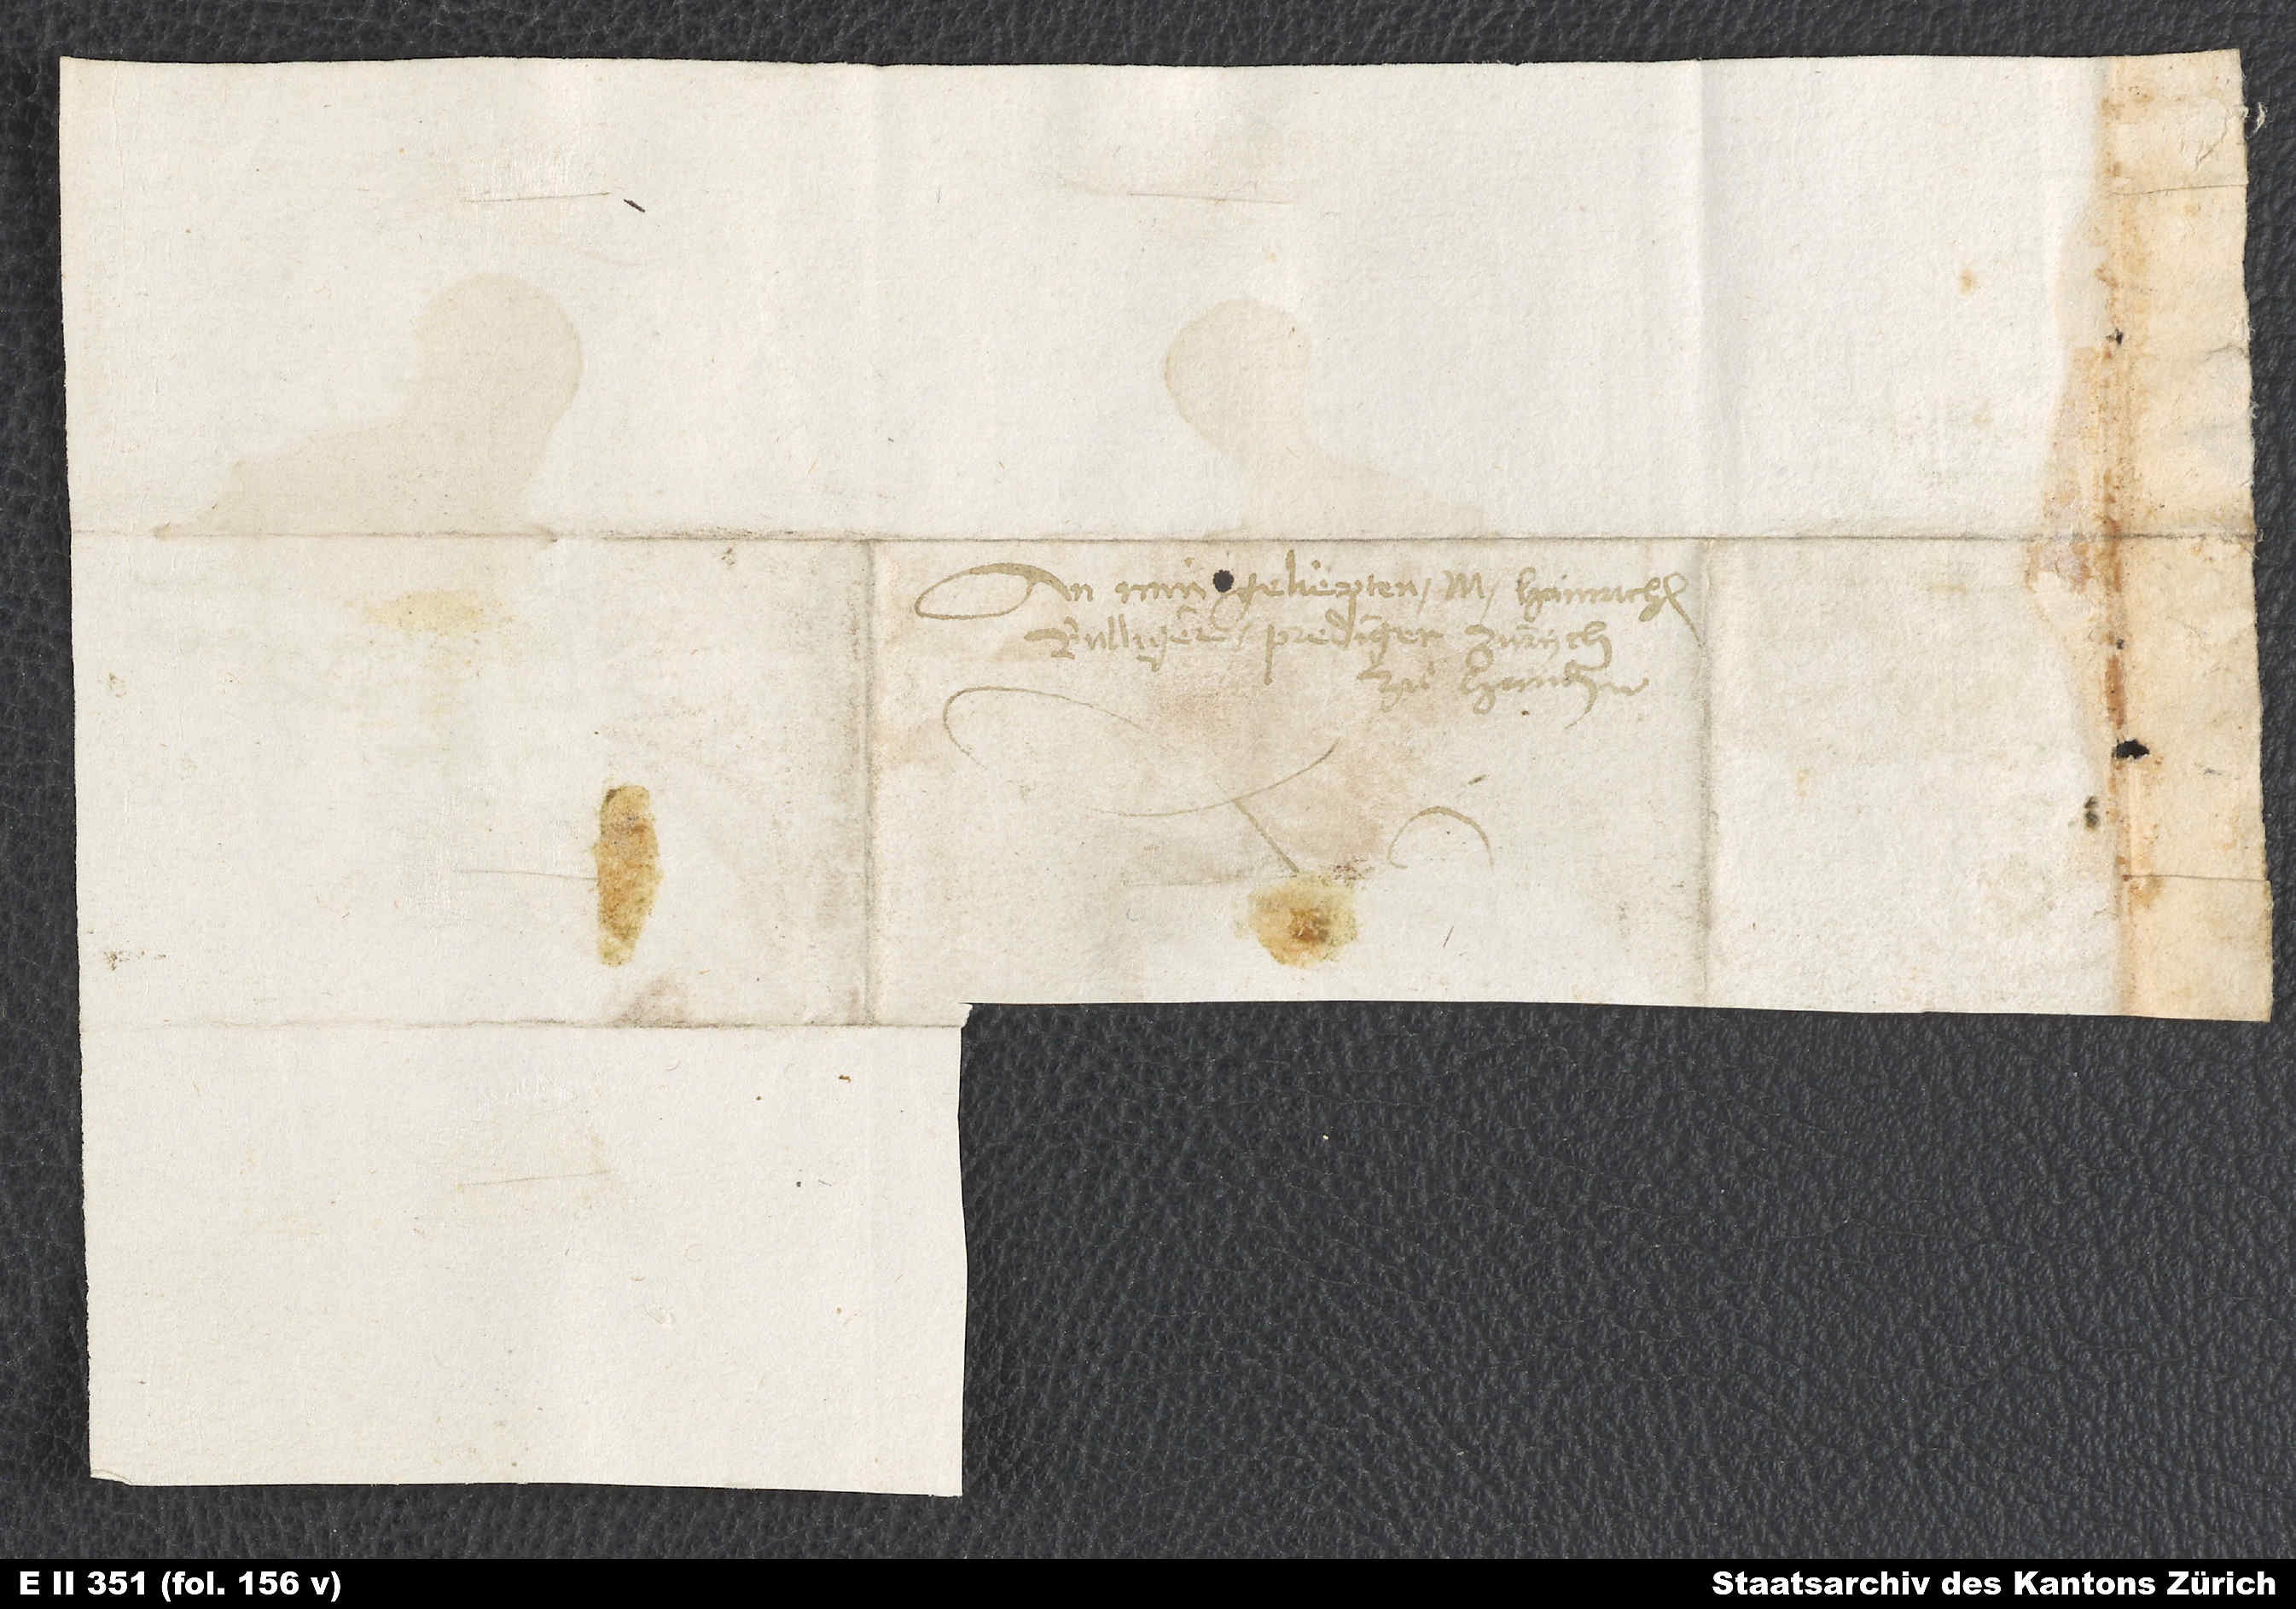
An min geliepten M. Hainrichen